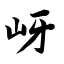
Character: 岈